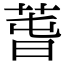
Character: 萅